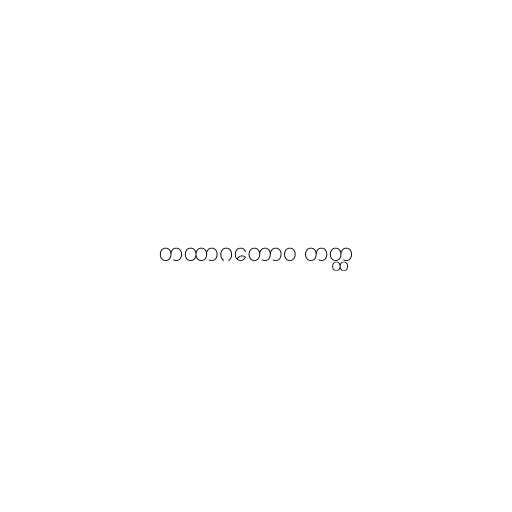
တထာဂတောဝ တတ္ထ